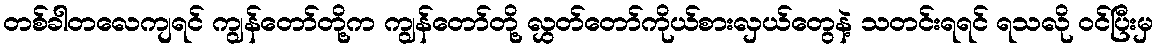
တစ်ခါတလေကျရင် ကျွန်တော်တို့က ကျွန်တော်တို့ လွှတ်တော်ကိုယ်စားလှယ်တွေနဲ့ သတင်းရရင် ရသလို ဝင်ပြီးမှ